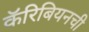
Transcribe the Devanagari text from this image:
कॅरिबियनची